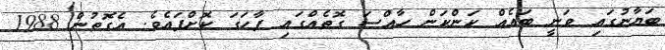
ބަޔާނުގައި ވަނީ ބައެއް ކަންކަން ހާއްސަ ގޮތެއްގައި ފާހަގަ ކޮށްފައެވެ. އެގޮތުން 1988